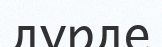
дүрде